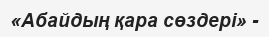
«Абайдың қара сөздері» -